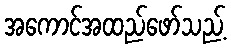
အကောင်အထည်ဖော်သည့်